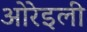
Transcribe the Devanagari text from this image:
ओरेइली